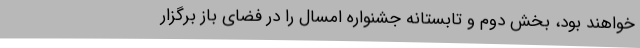
خواهند بود، بخش دوم و تابستانه جشنواره امسال را در فضای باز برگزار